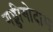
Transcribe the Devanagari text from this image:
गड्डीगोदाम